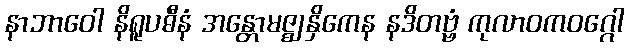
နာဘာဝေါ နိရူပဓီနံ အန္တောမဇ္ဈနှိကေန နဒိတဗ္ဗံ ကုလာဝကဝဂ္ဂေါ